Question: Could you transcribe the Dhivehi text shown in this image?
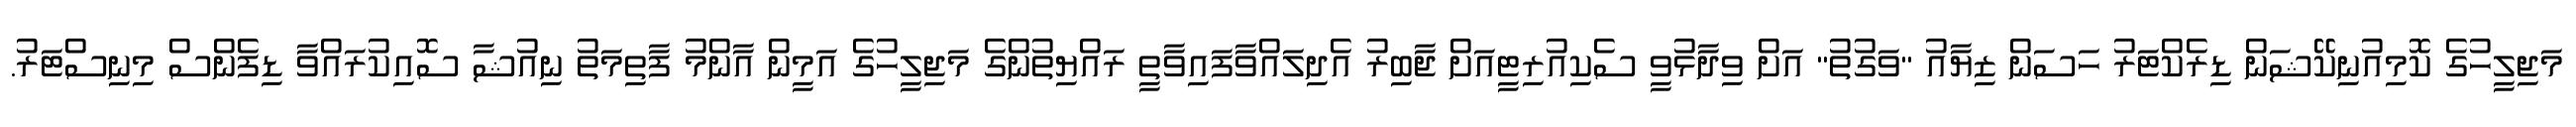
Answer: މަޖިލީހުގެ ކޮމިއުނިކޭޝަން ޑިރެކްޓަރު ހަސަން ޒިޔާއު "ވަގުތު" އަށް ވިދާޅުވީ ސެކިއުރިޓީއަށް ޖާބިރު އެދިލައްވާފައިވާތީ ރައްޔިތުންގެ މަޖިލީހުގެ އަމީން އާންމު ފާތިމަތު ނިއުޝާ ސޮއިކުރައްވާ ޑިފެންސް މިނިސްޓަރު.